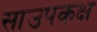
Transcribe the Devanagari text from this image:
साउपकक्ष